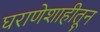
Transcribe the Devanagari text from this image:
घराणेशाहीतून